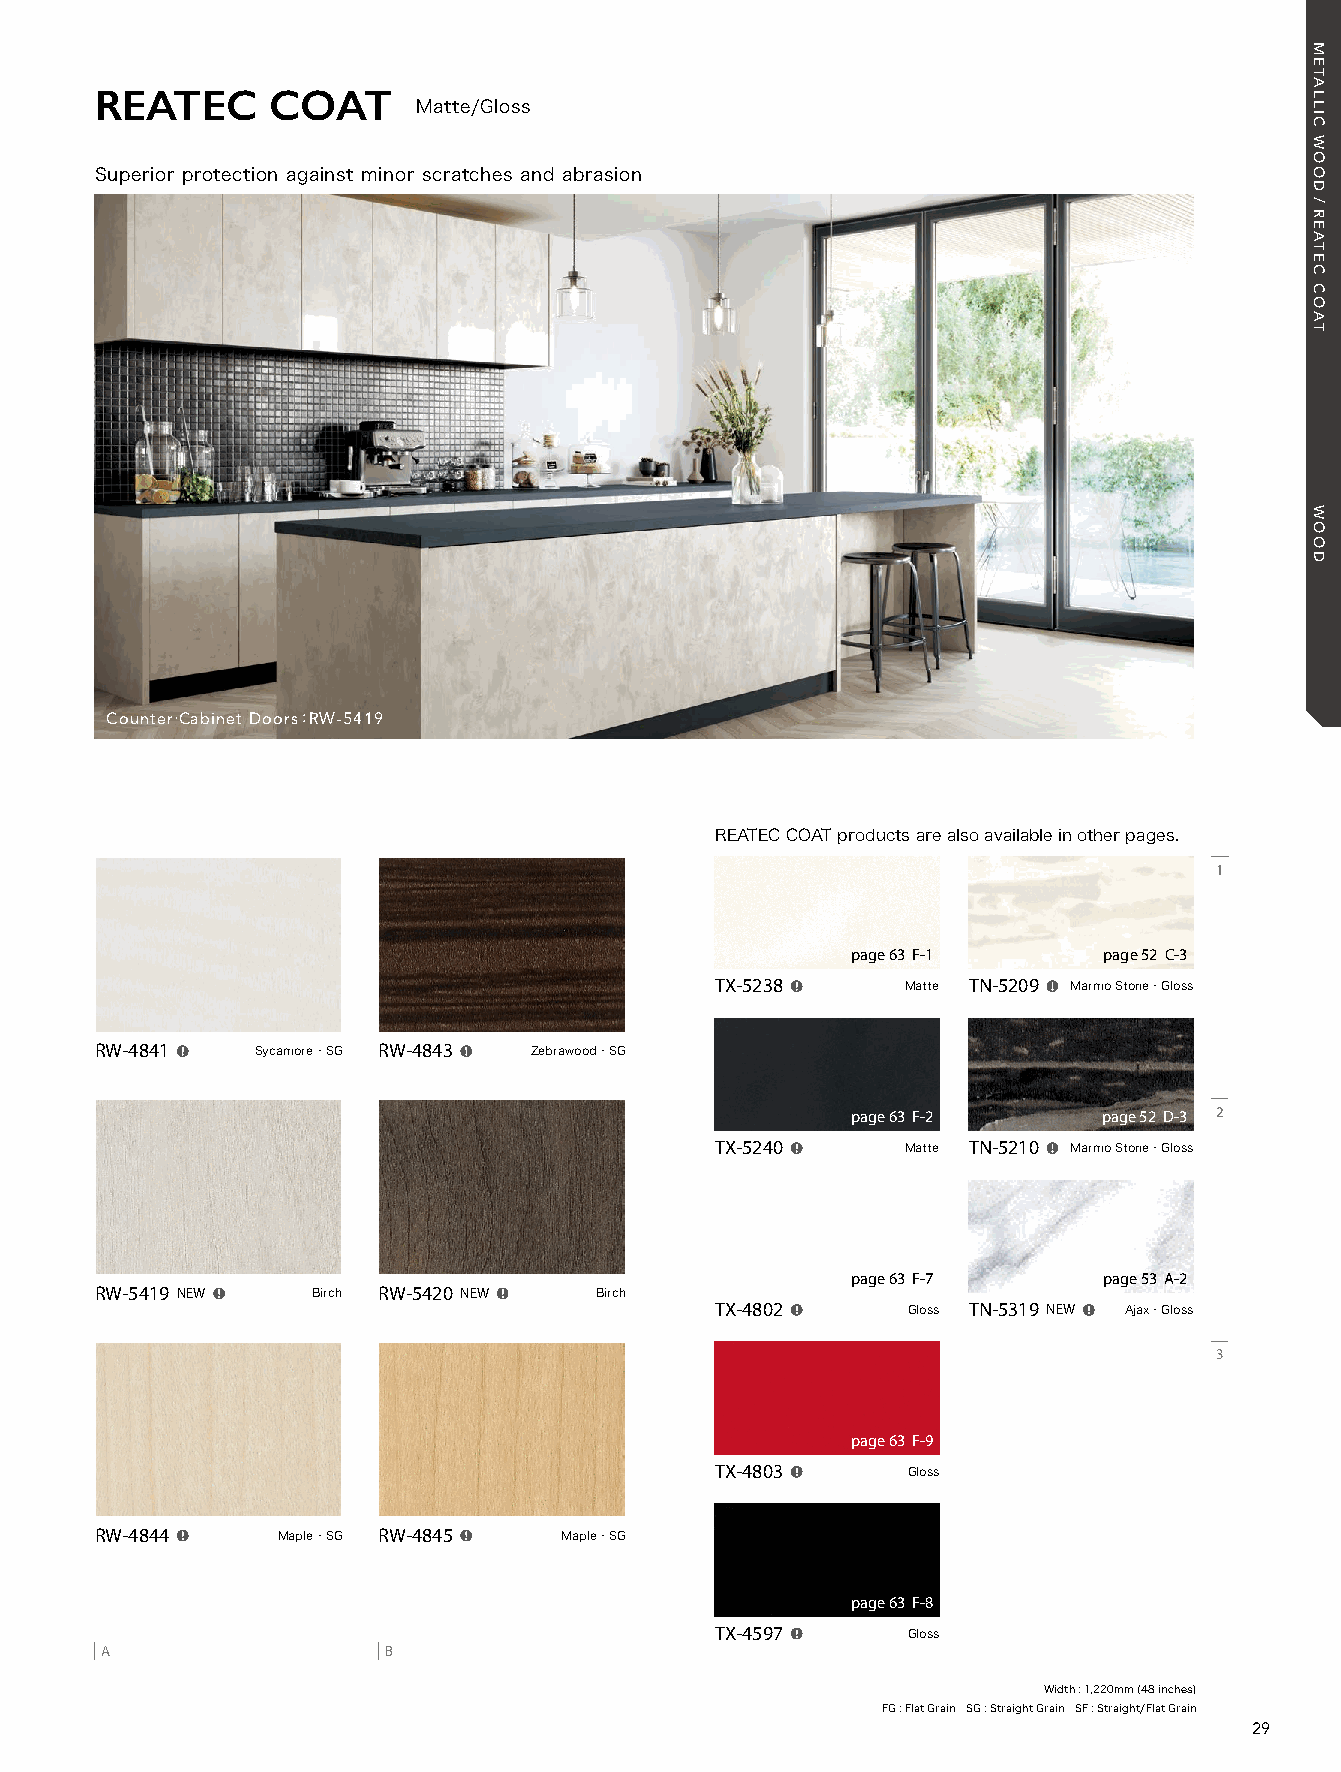
21_REATEC_vol11_P29-C1_KOROSEAL 21/11/16out 🅲🅼🆈🅺
 REATEC      COAT
 Matte/Gloss
 Superior protection against minor scratches and abrasion
 Counter•Cabinet Doors:RW-5419
 REATEC COAT products are also available in other pages.
 1
 pagP.e0 06 3A - 0F0-1 pagPe.0 50 2A -C00-3
 TX-5238     Matte TN-5209 Marmo Stone・Gloss
 RW-4841   Sycamore ・SG RW-4843  Zebrawood ・SG
 pagP.e0 06 3A - 0F0-2 pagPe.0 502 A -D00-3 2
 TX-5240     Matte TN-5210 Marmo Stone・Gloss
 pagP.e0 06 3A - 0F0-7 pagPe.0 50 3A -A00-2
 RW-5419 NEW   Birch RW-5420 NEW  Birch
 TX-4802     Gloss TN-5319 NEW  Ajax・Gloss
 3
 pagP.e0 06 3A - 0F0-9
 TX-4803     Gloss
 RW-4844    Maple ・SG RW-4845  Maple ・SG
 pagP.e0 06 3A - 0F0-8
 TX-4597     Gloss
 A                 B
 Width : 1,220mm (48 inches)
 FG : Flat Grain SG : Straight Grain SF : Straight/Flat Grain
 29
 METALLIC
 WOOD/REATEC
 COAT
 WOOD